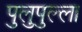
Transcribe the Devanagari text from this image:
पुलुपुल्ला